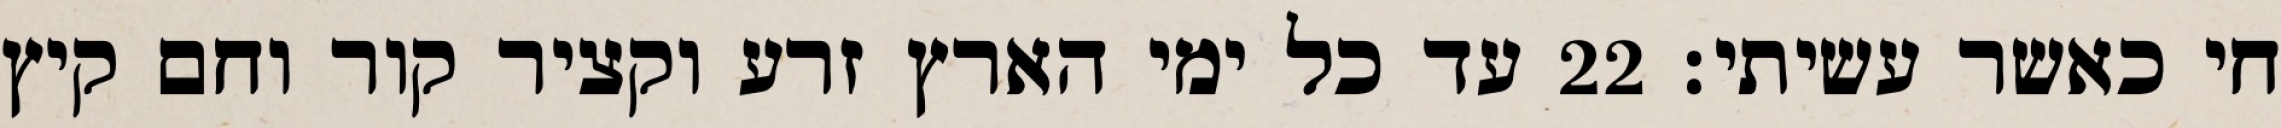
חי כאשר עשיתי׃ ‎22‏ עד כל ימי הארץ זרע וקציר קור וחם קיץ